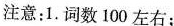
注意：1.词数100左右；